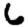
Digit: 6